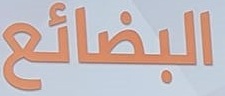
البضائع